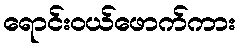
ရောင်းဝယ်ဖောက်ကား